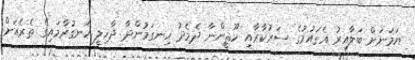
ޔަމަނަށް ބަލާއިރު އެގައުމުގެ ސަރުކާރާއި ހޫޘީންނާ ދެމެދު ހިނގަމުންދާ ދާޚިލީ ހަނގުރާމައިގެ ތެރެއަށް